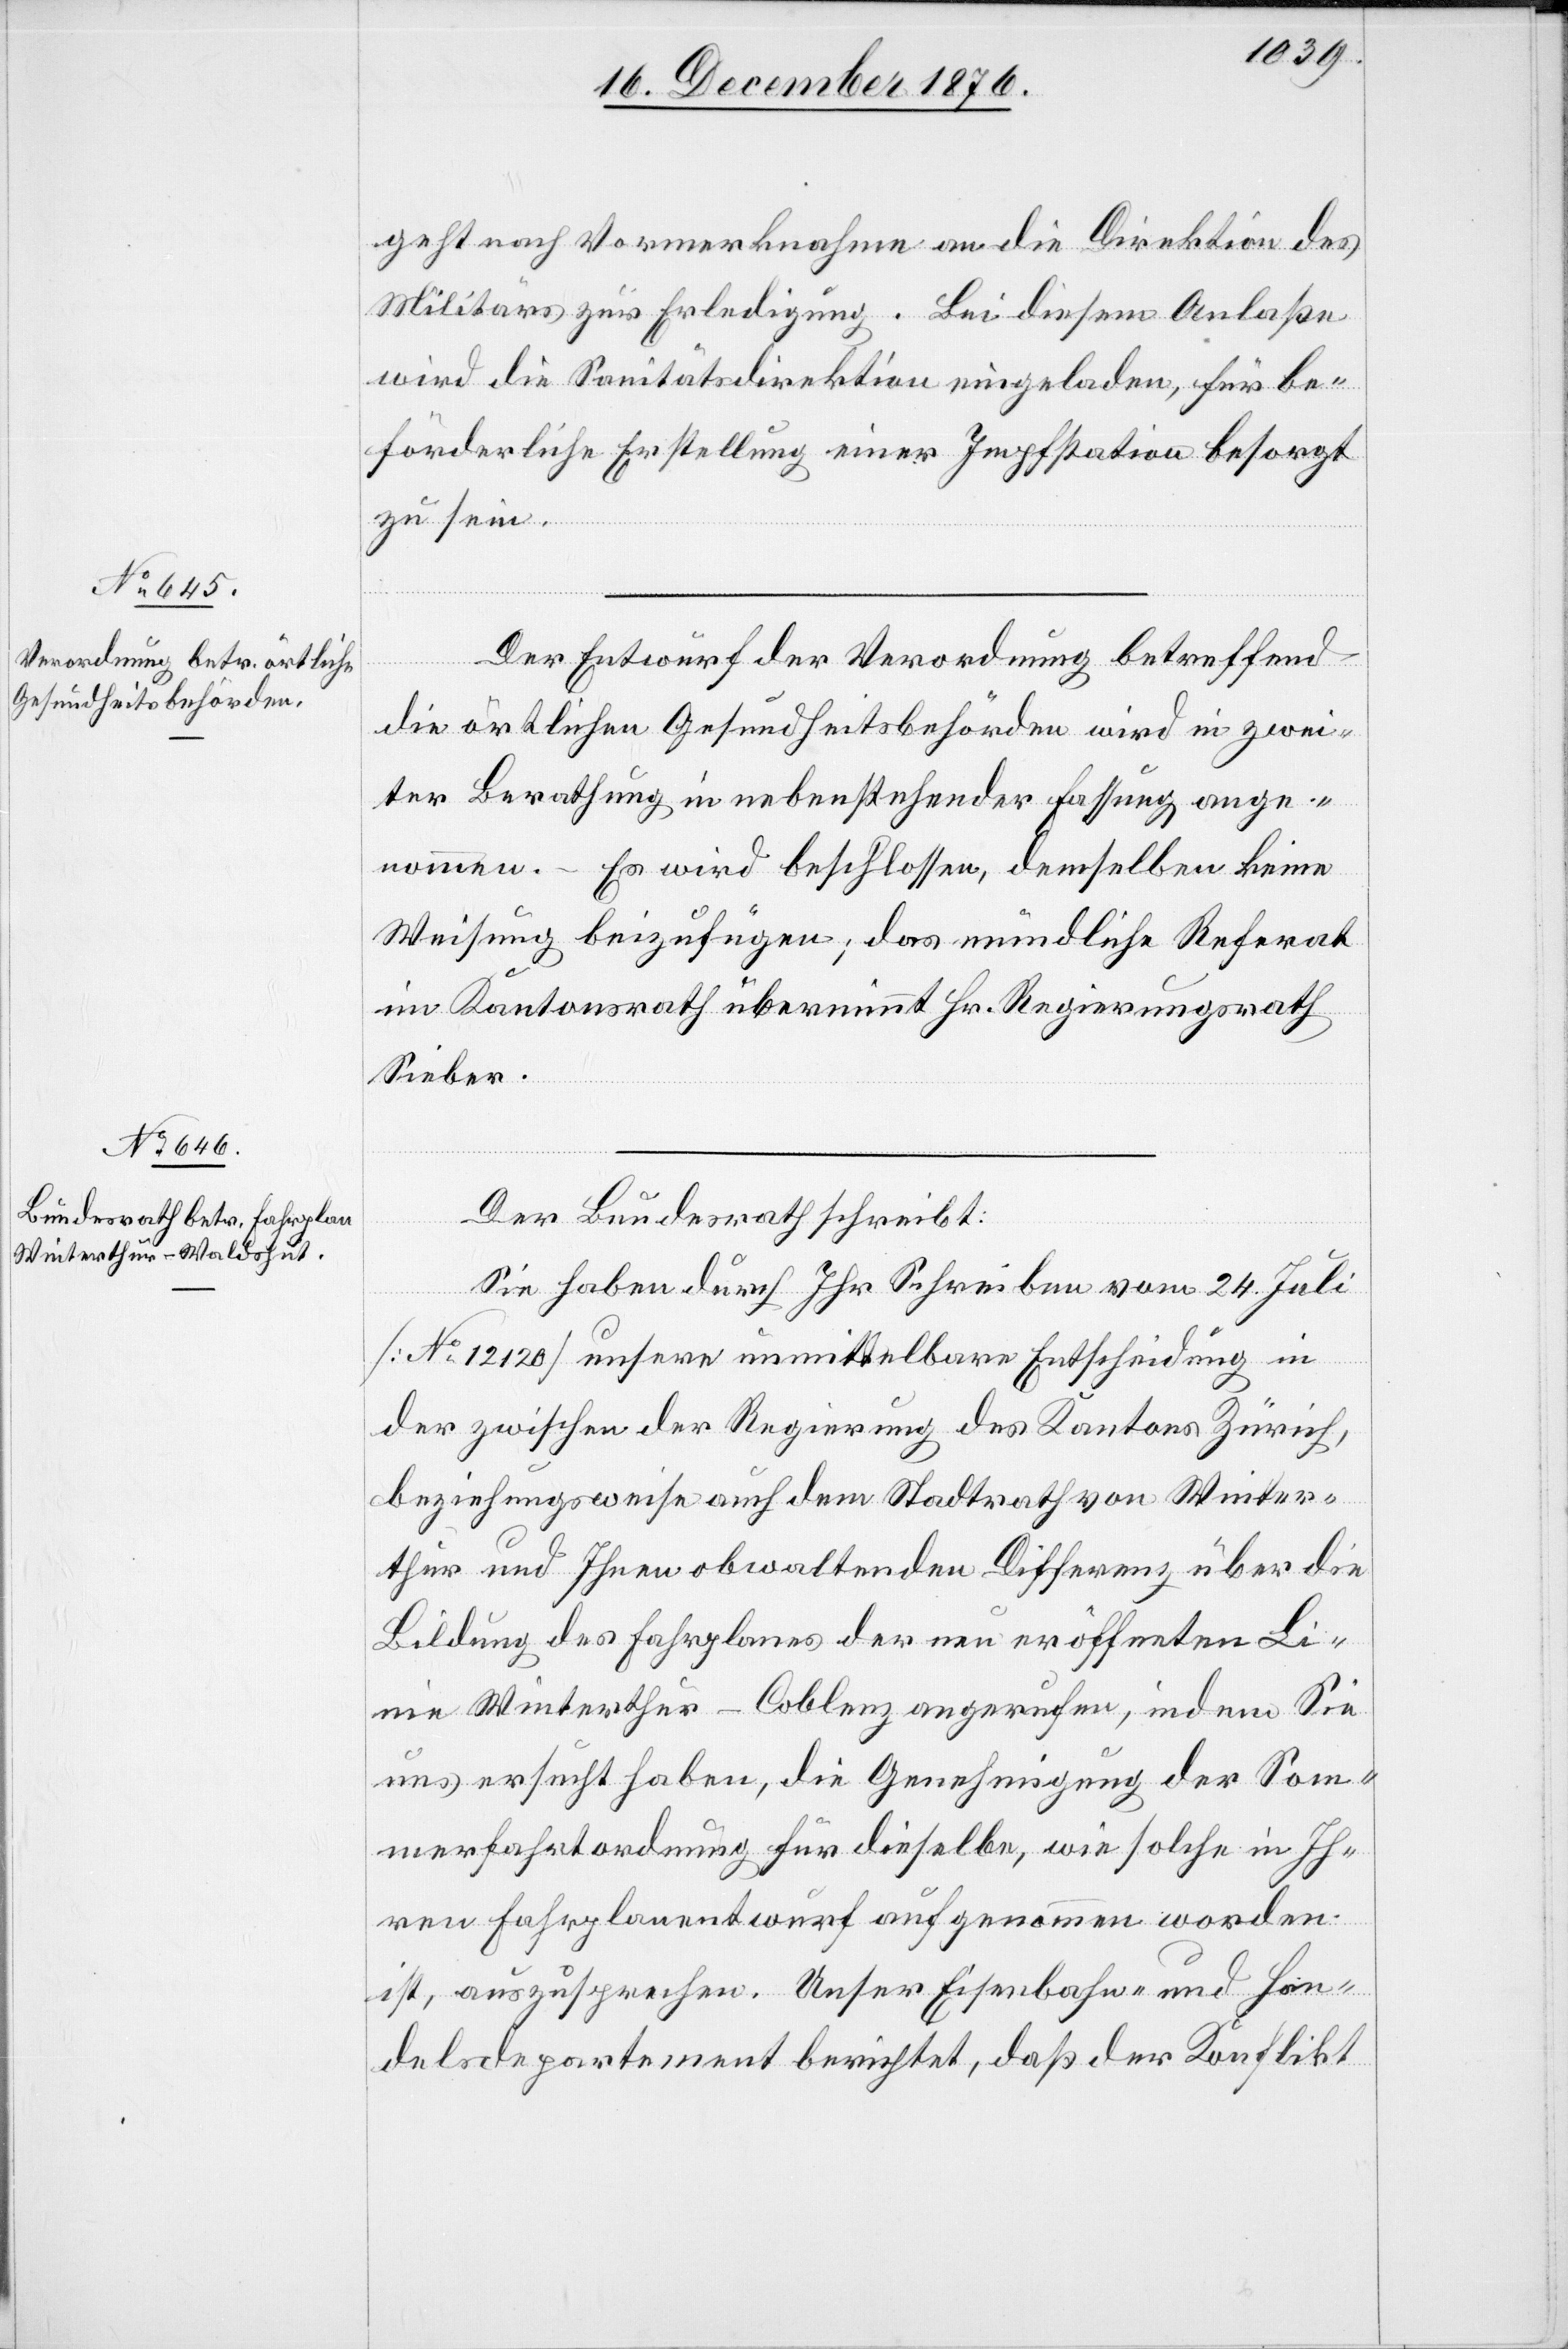
geht nach Vormerknahme an die Direktion des
Militärs zur Erledigung. Bei diesem Anlaße
wird die Sanitätsdirektion eingeladen, für be¬
förderliche Erstellung einer Impfstation besorgt
zu sein.
Der Entwurf der Verordnung betreffend
die örtlichen Gesundheitsbehörden wird in zwei¬
ter Berathung in nebenstehender Fassung ange¬
nommen. – Es wird beschlossen, demselben keine
Weisung beizufügen; das mündliche Referat
im Kantonsrath übernimmt Hr. Regierungsrath
Sieber.